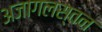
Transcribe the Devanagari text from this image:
अजागलस्तन